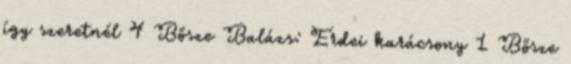
így szeretnél 4 Bősze Balázs: Erdei karácsony 1 Bősze